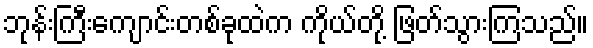
ဘုန်းကြီးကျောင်းတစ်ခုထဲက ကိုယ်တို့ ဖြတ်သွားကြသည်။